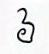
៦